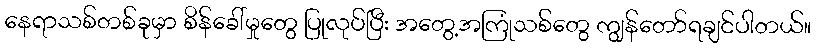
နေရာသစ်တစ်ခုမှာ စိန်ခေါ်မှုတွေ ပြုလုပ်ပြီး အတွေ့အကြုံသစ်တွေ ကျွန်တော်ရချင်ပါတယ်။